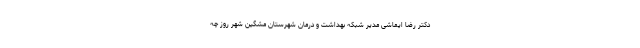
دکتر رضا ایماشی مدیر شبکه بهداشت و درمان شهرستان مشگین شهر روز چه